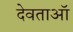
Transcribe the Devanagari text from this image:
देवताऑ